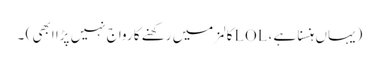
(یہاں ہنسنا ہے ، LOLکالمز میں رکھنے کا رواج نہیں پڑا ابھی ) ۔